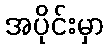
အပိုင်းမှာ